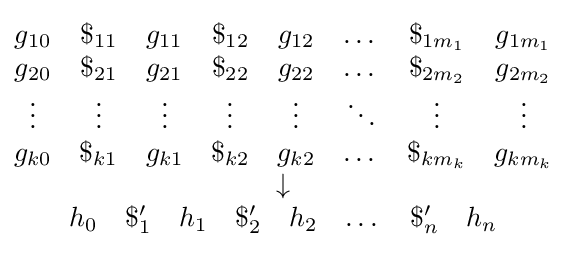
{\overset {\begin{matrix}g_{10}&\$_{11}&g_{11}&\$_{12}&g_{12}&\dots &\$_{1m_{1}}&g_{1m_{1}}\\g_{20}&\$_{21}&g_{21}&\$_{22}&g_{22}&\dots &\$_{2m_{2}}&g_{2m_{2}}\\\vdots &\vdots &\vdots &\vdots &\vdots &\ddots &\vdots &\vdots \\g_{k0}&\$_{k1}&g_{k1}&\$_{k2}&g_{k2}&\dots &\$_{km_{k}}&g_{km_{k}}\\\end{matrix}}{\underset {\begin{matrix}h_{0}&\$'_{1}&h_{1}&\$'_{2}&h_{2}&\dots &\$'_{n}&h_{n}\\\end{matrix}}{\downarrow }}}